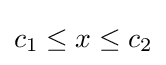
c_{1}\leq x\leq c_{2}